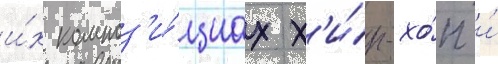
и́х композ'и́циах х'и́п-хо́п и́